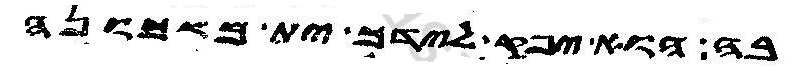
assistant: בה הוא יפק לידך ית משכונה